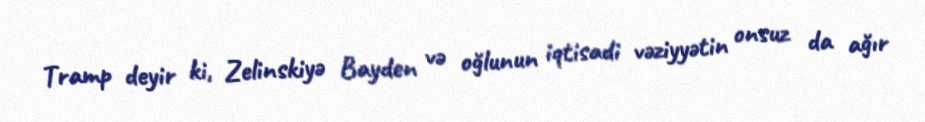
Tramp deyir ki, Zelinskiyə Bayden və oğlunun iqtisadi vəziyyətin onsuz da ağır